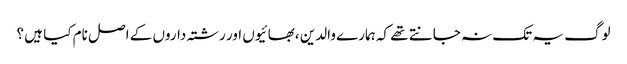
لوگ یہ تک نہ جانتے تھے کہ ہمارے والدین ،بھائیوں اور رشتہ داروں کے اصل نام کیا ہیں ؟